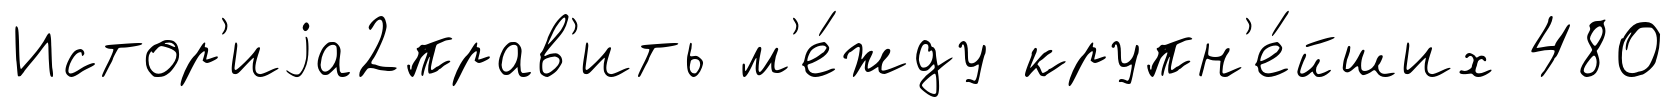
Истор'иjа2прав'ить м'е́жду крупн'е́йших 480